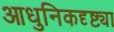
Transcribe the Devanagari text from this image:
आधुनिकदृष्ट्या